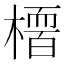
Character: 𭫻